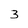
Character: 3